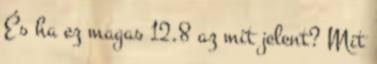
És ha ez magas 12.8 az mit jelent? Mit